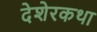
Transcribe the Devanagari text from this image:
देशेरकथा